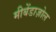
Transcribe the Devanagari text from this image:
मीबेंडाज़ोल